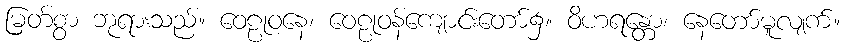
မြတ်စွာ ဘုရားသည်။ ဝေဠုဝနေ၊ ဝေဠုဝန်ကျောင်းတော်၌။ ဝိဟရန္တော၊ နေတော်မူလျက်။